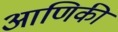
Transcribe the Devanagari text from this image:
आणिकी